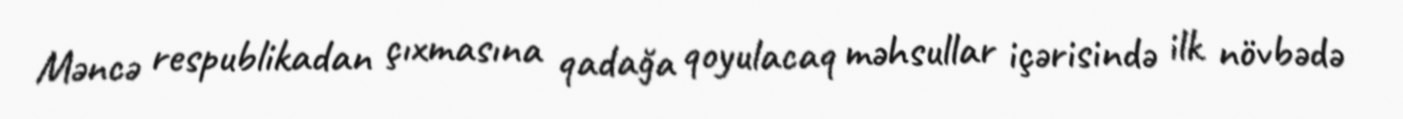
Məncə respublikadan çıxmasına qadağa qoyulacaq məhsullar içərisində ilk növbədə